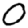
Digit: 0